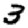
Digit: 3